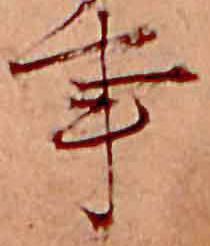
事